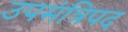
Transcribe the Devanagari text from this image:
उपमंत्रिपद